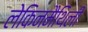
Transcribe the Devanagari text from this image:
लेकिनमैथिली